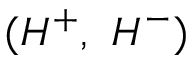
( H ^ { + } , ~ H ^ { - } )